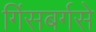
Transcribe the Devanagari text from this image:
गिंसबर्गसे